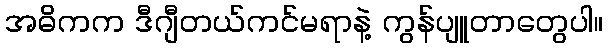
အဓိကက ဒီဂျီတယ်ကင်မရာနဲ့ ကွန်ပျူတာတွေပါ။